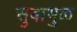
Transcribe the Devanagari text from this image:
सुबाभुळ